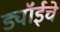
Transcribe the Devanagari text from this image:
ड्यॉईचे